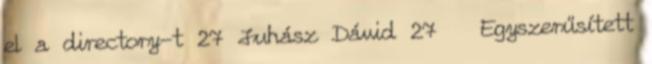
el a directory-t 27 Juhász Dávid 27 Egyszerűsített